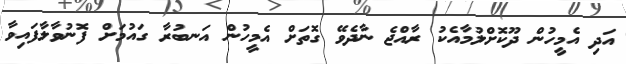
އަދި އެމީހުން ދޫކޮށްލުމާއެކު ރާއްޖެ ނާދެވޭ ގޮތަށް އެމީހުން އަނބުރާ ގައުމަށް ފޮނުވާލާފައިވާ